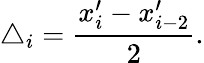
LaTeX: \triangle_{i}=\frac{x_{i}^{\prime}-x_{i-2}^{\prime}}{2}.